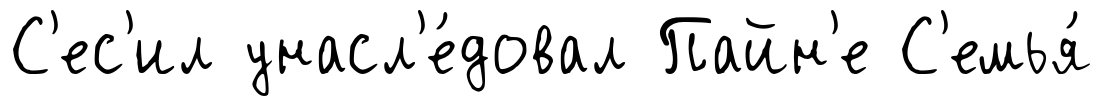
С'ес'ил унасл'е́довал Пайн'е С'емья́